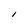
Character: l